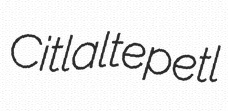
Citlaltepetl